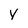
Character: y